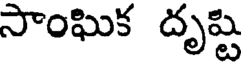
సాంఘిక దృష్టి